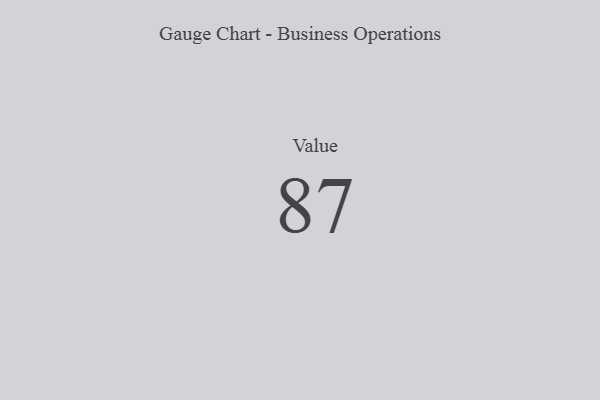
{"axis": {"x": "Metric", "y": "Value"}, "legend": [""], "data": [{"x": "Value", "y": 87, "type": ""}]}